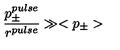
\frac { p _ { \pm } ^ { p u l s e } } { r ^ { p u l s e } } \gg < p _ { \pm } >